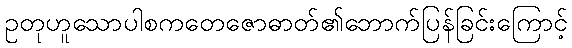
ဥတုဟူသောပါစကတေဇောဓာတ်၏ဘောက်ပြန်ခြင်းကြောင့်